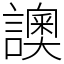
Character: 䜒